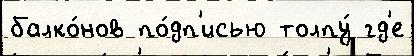
балко́нов по́дп'исью толпу́ гд'е